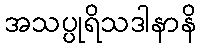
အသပ္ပုရိသဒါနာနိ